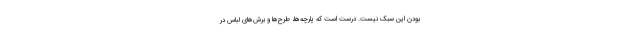
بودن این سبک نیست. درست است که پارچه‌ها، طرح‌ها و برش‌های لباس در